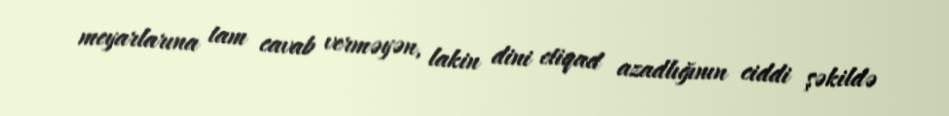
meyarlarına tam cavab verməyən, lakin dini etiqad azadlığının ciddi şəkildə